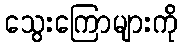
သွေးကြောများကို